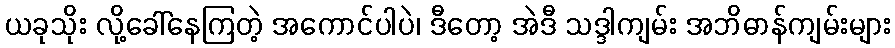
ယခုသိုး လို့ခေါ်နေကြတဲ့ အကောင်ပါပဲ၊ ဒီတော့ အဲဒီ သဒ္ဒါကျမ်း အဘိဓာန်ကျမ်းများ